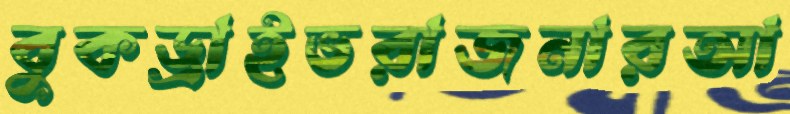
বুকড্রাইভরাজনারআ